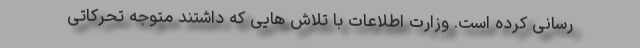
رسانی کرده است. وزارت اطلاعات با تلاش هایی که داشتند متوجه تحرکاتی